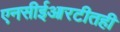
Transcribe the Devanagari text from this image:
एनसीईआरटीतही